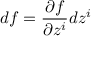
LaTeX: d f = \frac { \partial f } { \partial z ^ { i } } d z ^ { i }